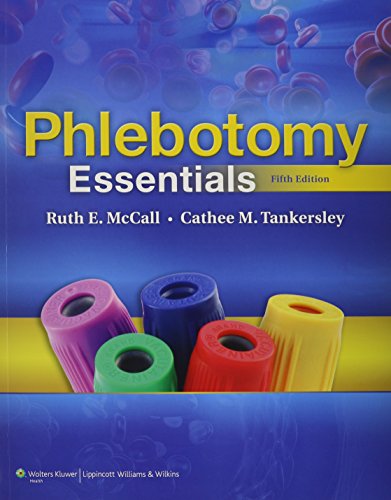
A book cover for Phlebotomy Essentials Text and Workbook Package; Ruth E. McCall BS  MT(ASCP); Medical Books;